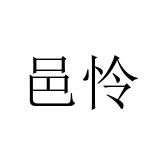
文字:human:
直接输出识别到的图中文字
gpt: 邑怜